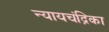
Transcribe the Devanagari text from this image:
न्यायचंद्रिका